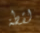
لقطة